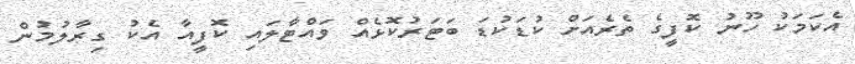
އެކަމަކު ހޫނު ކޮފީގެ ތެރެއަށް ކުޑަކުޑަ ބަޓަރުކޮޅެއް ވައްޓާލައި ކޮފީއާ އެކު ގިރާލުމުން